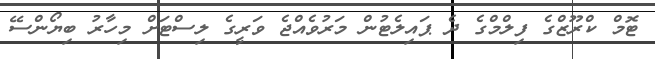
ޓޮމް ކްރޫޒްގެ ފިލްމްގެ ދެ ޕައިލެޓުން މަރުވެއްޖެ ވަރީގެ ލިސްޓަށް މިހާރު ބިޔޯންސޭ